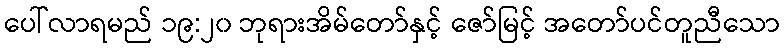
ပေါ်လာရမည် ၁၉:၂၀ ဘုရားအိမ်တော်နှင့် ဇော်မြင့် အတော်ပင်တူညီသော